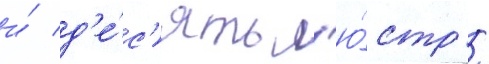
и́ д'е́с'ять л'ю́стр /